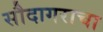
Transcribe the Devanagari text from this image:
सौदागराचा